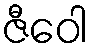
ဇီဝေါ